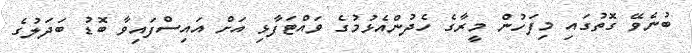
ބުނެވޭ ގޮތުގައި މިފަހުން މީރާގެ ހެދުންއެޅުމުގެ ވައްޓަފާޅި އަށް އައިސްފައިވާ ބޮޑު ބަދަލުގެ